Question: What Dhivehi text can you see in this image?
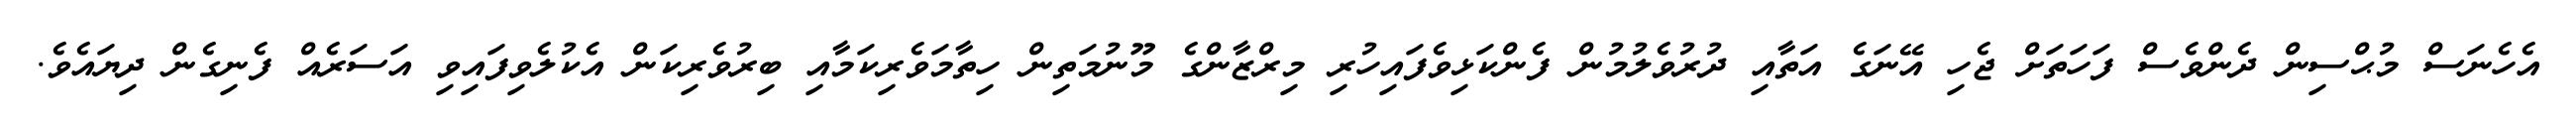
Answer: އެހެނަސް މުޙްސިން ދެންވެސް ފަހަތަށް ޖެހި އޭނަގެ އަތާއި ދުރުވެލުމުން ފެންކަޅިވެފައިހުރި މިރްޒާންގެ މޫނުމަތިން ހިތާމަވެރިކަމާއި ބިރުވެރިކަން އެކުލެވިފައިވި އަސަރެއް ފެނިގެން ދިޔައެވެ.